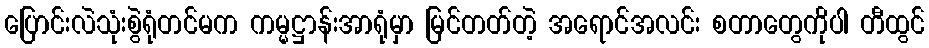
ပြောင်းလဲသုံးစွဲရုံတင်မက ကမ္မဋ္ဌာန်းအာရုံမှာ မြင်တတ်တဲ့ အရောင်အလင်း စတာတွေကိုပါ တီထွင်